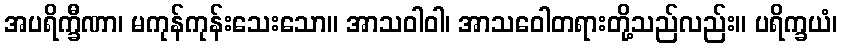
အပရိက္ခီဏာ၊ မကုန်ကုန်းသေးသော။ အာသဝါဝါ၊ အာသဝေါတရားတို့သည်လည်း။ ပရိက္ခယံ၊